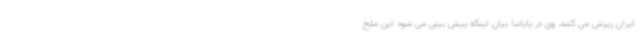
ایران ریزش می کنند. وی در پایانبا بیان اینکه پیش بینی می شود این ملخ